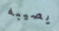
يصيبه